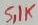
Text: S,1K